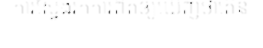
ការស្វែងរកការពិតឲ្យឃើញថាតើន